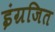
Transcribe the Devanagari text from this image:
इंग्रजित